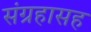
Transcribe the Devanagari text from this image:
संग्रहासह